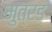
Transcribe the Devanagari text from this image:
मुत्रड